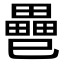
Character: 𢁐